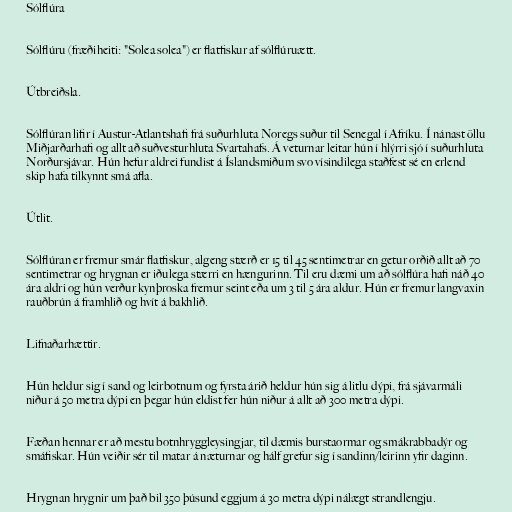
Sólflúra

Sólflúru (fræðiheiti: "Solea solea") er flatfiskur af sólflúruætt.

Útbreiðsla.

Sólflúran lifir í Austur-Atlantshafi frá suðurhluta Noregs suður til Senegal í Afríku. Í nánast öllu
Miðjarðarhafi og allt að suðvesturhluta Svartahafs. Á veturnar leitar hún í hlýrri sjó í suðurhluta
Norðursjávar. Hún hefur aldrei fundist á Íslandsmiðum svo vísindilega staðfest sé en erlend
skip hafa tilkynnt smá afla.

Útlit.

Sólflúran er fremur smár flatfiskur, algeng stærð er 15 til 45 sentimetrar en getur orðið allt að 70
sentimetrar og hrygnan er iðulega stærri en hængurinn. Til eru dæmi um að sólflúra hafi náð 40
ára aldri og hún verður kynþroska fremur seint eða um 3 til 5 ára aldur. Hún er fremur langvaxin
rauðbrún á framhlið og hvít á bakhlið.

Lifnaðarhættir.

Hún heldur sig í sand og leirbotnum og fyrsta árið heldur hún sig á litlu dýpi, frá sjávarmáli
niður á 50 metra dýpi en þegar hún eldist fer hún niður á allt að 300 metra dýpi.

Fæðan hennar er að mestu botnhryggleysingjar, til dæmis burstaormar og smákrabbadýr og
smáfiskar. Hún veiðir sér til matar á næturnar og hálf grefur sig í sandinn/leirinn yfir daginn.

Hrygnan hrygnir um það bil 350 þúsund eggjum á 30 metra dýpi nálægt strandlengju.